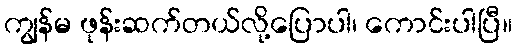
ကျွန်မ ဖုန်းဆက်တယ်လို့ပြောပါ၊ ကောင်းပါပြီ။